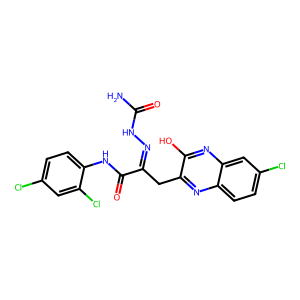
SMILES: NC(=O)NN=C(Cc1nc2ccc(Cl)cc2nc1O)C(=O)Nc1ccc(Cl)cc1Cl
Inhibits HIV replication: No